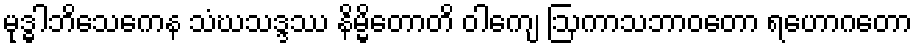
မုဒ္ဓါဘိသေကေန သံဃသဒ္ဒဿ နိမ္မိတောတိ ဝါကျေ ဩကာသဘာဝတော ရဟောဂတော